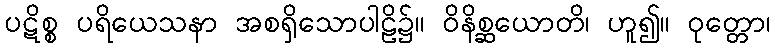
ပဋိစ္စ ပရိယေသနာ အစရှိသောပါဠိ၌။ ဝိနိစ္ဆယောတိ၊ ဟူ၍။ ဝုတ္တော၊